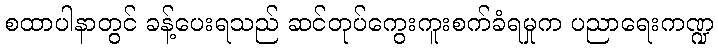
စထာပါနာတွင် ခန့်ပေးရသည် ဆင်တုပ်ကွေးကူးစက်ခံရမှုက ပညာရေးကဏ္ဍ